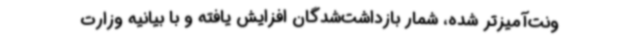
ونت‌آمیزتر شده، شمار بازداشت‌شدگان افزایش یافته و با بیانیه وزارت